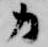
カ